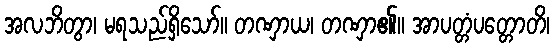
အလဘိတွာ၊ မရသည်ရှိသော်။ တဏှာယ၊ တဏှာ၏။ အာပတ္တံပတ္တောတိ၊